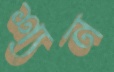
শ্যন